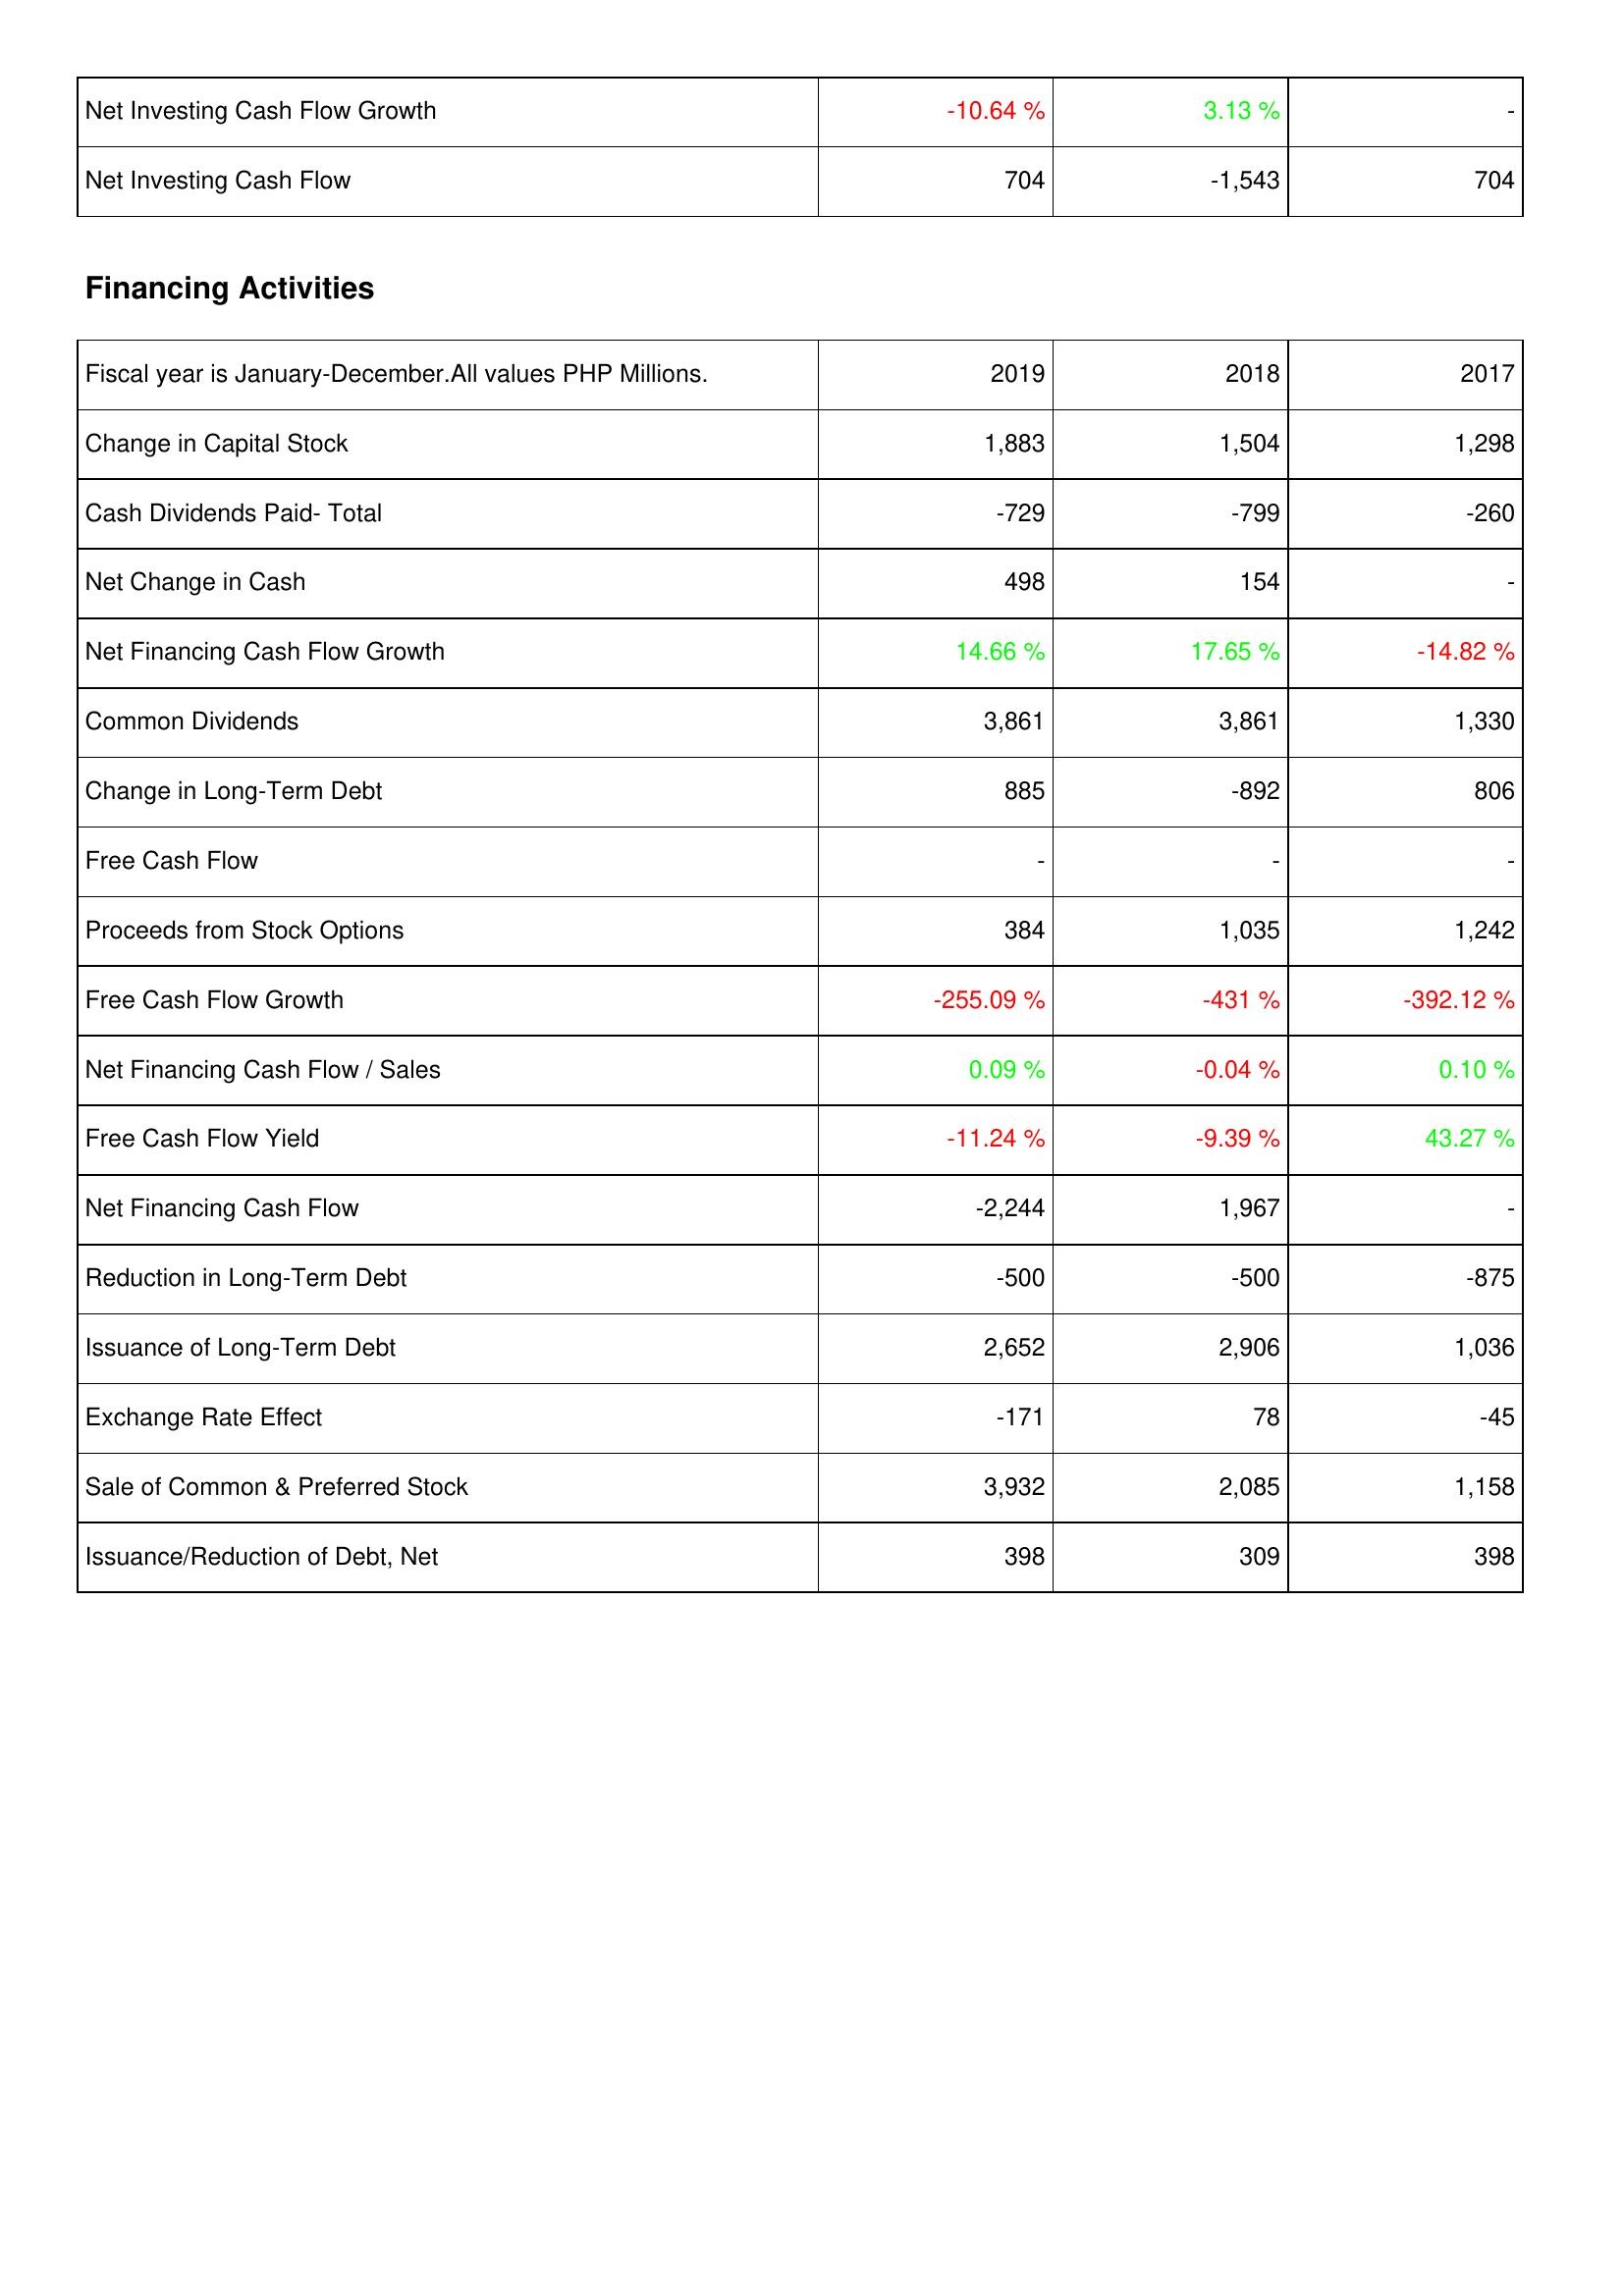
2019: Investing Activities: Net Investing Cash Flow Growth: -10.64 %
Net Investing Cash Flow: 704
Financing Activities: Change in Capital Stock: 1,883
Cash Dividends Paid- Total: -729
Net Change in Cash: 498
Net Financing Cash Flow Growth: 14.66 %
Common Dividends: 3,861
Change in Long-Term Debt: 885
Free Cash Flow: -
Proceeds from Stock Options: 384
Free Cash Flow Growth: -255.09 %
Net Financing Cash Flow / Sales: 0.09 %
Free Cash Flow Yield: -11.24 %
Net Financing Cash Flow: -2,244
Reduction in Long-Term Debt: -500
Issuance of Long-Term Debt: 2,652
Exchange Rate Effect: -171
Sale of Common & Preferred Stock: 3,932
Issuance/Reduction of Debt, Net: 398
2018: Investing Activities: Net Investing Cash Flow Growth: 3.13 %
Net Investing Cash Flow: -1,543
Financing Activities: Change in Capital Stock: 1,504
Cash Dividends Paid- Total: -799
Net Change in Cash: 154
Net Financing Cash Flow Growth: 17.65 %
Common Dividends: 3,861
Change in Long-Term Debt: -892
Free Cash Flow: -
Proceeds from Stock Options: 1,035
Free Cash Flow Growth: -431 %
Net Financing Cash Flow / Sales: -0.04 %
Free Cash Flow Yield: -9.39 %
Net Financing Cash Flow: 1,967
Reduction in Long-Term Debt: -500
Issuance of Long-Term Debt: 2,906
Exchange Rate Effect: 78
Sale of Common & Preferred Stock: 2,085
Issuance/Reduction of Debt, Net: 309
2017: Investing Activities: Net Investing Cash Flow Growth: -
Net Investing Cash Flow: 704
Financing Activities: Change in Capital Stock: 1,298
Cash Dividends Paid- Total: -260
Net Change in Cash: -
Net Financing Cash Flow Growth: -14.82 %
Common Dividends: 1,330
Change in Long-Term Debt: 806
Free Cash Flow: -
Proceeds from Stock Options: 1,242
Free Cash Flow Growth: -392.12 %
Net Financing Cash Flow / Sales: 0.10 %
Free Cash Flow Yield: 43.27 %
Net Financing Cash Flow: -
Reduction in Long-Term Debt: -875
Issuance of Long-Term Debt: 1,036
Exchange Rate Effect: -45
Sale of Common & Preferred Stock: 1,158
Issuance/Reduction of Debt, Net: 398